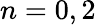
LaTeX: n=0,2